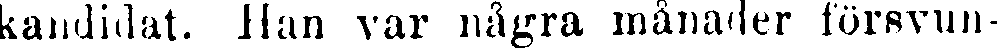
kandidat. Han var några månader försvun-